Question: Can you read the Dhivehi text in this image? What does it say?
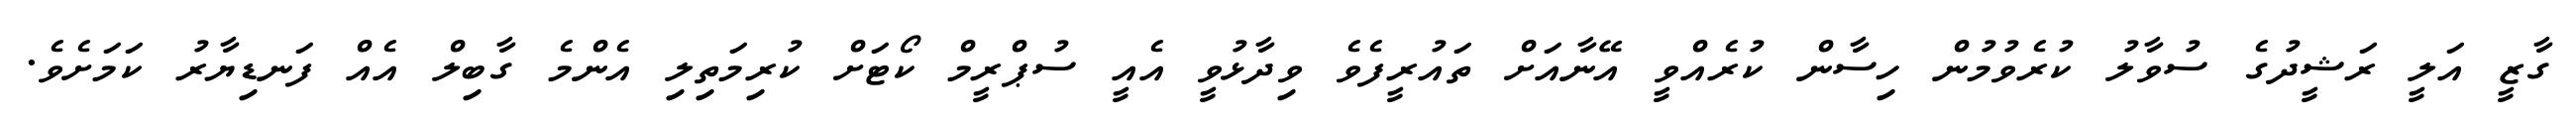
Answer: ގާޒީ އަލީ ރަޝީދުގެ ސުވާލު ކުރެވުމުން ހިސާން ކުރެއްވީ އޭނާއަށް ތައުރީފެވެ ވިދާޅުވީ އެއީ ސުޕްރީމް ކޯޓަށް ކުރިމަތިލި އެންމެ ގާބިލް އެއް ފަނޑިޔާރު ކަމަށެވެ.